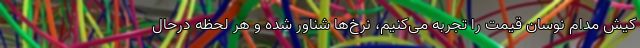
کیش مدام نوسان قیمت را تجربه می‌کنیم، نرخ‌ها شناور شده و هر لحظه درحال